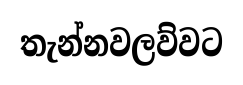
තැන්නවලව්වට